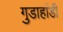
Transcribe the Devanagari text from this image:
गुडाहांडी